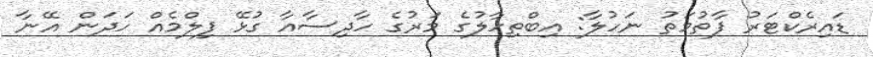
ޑައިރެކްޓަރު ފާތުމަތު ނަހުލާ: އިބްތިހާލުގެ މަރުގެ ހާދިސާއާ ގުޅޭ ފިލްމެއް ހަދަން އޭނާ